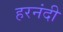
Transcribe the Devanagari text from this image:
हरनंदी